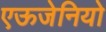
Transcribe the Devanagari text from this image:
एऊजेनियो